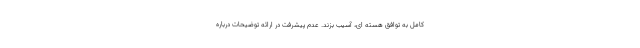
کامل به توافق هسته ای، آسیب بزند. عدم پیشرفت در ارائه توضیحات درباره